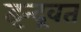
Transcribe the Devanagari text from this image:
इन्द्रवत